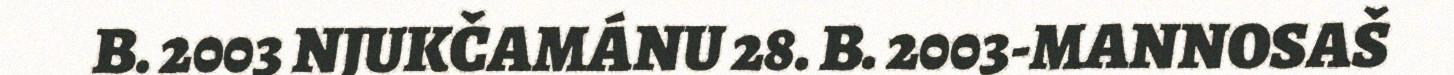
B. 2003 NJUKČAMÁNU 28. B. 2003-MANNOSAŠ